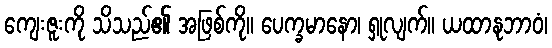
ကျေးဇူးကို သိသည်၏ အဖြစ်ကို။ ပေက္ခမာနော၊ ရှုလျက်။ ယထာနုဘာဝံ၊